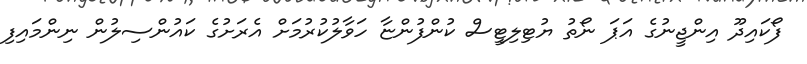
ފޯކައިދޫ އިންޖީނުގެ އަޕަ ނޯތު ޔުޓިލިޓީސް ކުންފުންޏާ ހަވާލުކުރުމަށް އެރަށުގެ ކައުންސިލުން ނިންމައިފި